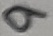
Text: 9